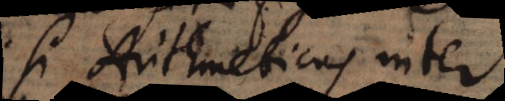
si Arithmeticus inter